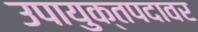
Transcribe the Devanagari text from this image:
उपायुक्तपदावर